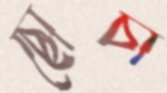
ছোঁচা